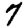
Digit: 7